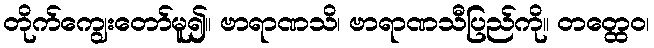
တိုက်ကျွေးတော်မူ၍။ ဗာရာဏသိ၊ ဗာရာဏသီပြည်ကို။ တတ္ထေဝ၊